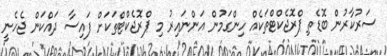
ސަރުކާރުން ބޮޑެތި ޕްރޮޖެކްޓްތަކެއް ހިންގަމުން އަންނައިރު މި ޕްރޮޖެކްޓްތަކަށް ފައިސާ ދައްކަން ޖެހެނީ